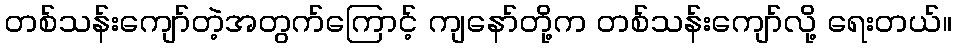
တစ်သန်းကျော်တဲ့အတွက်ကြောင့် ကျနော်တို့က တစ်သန်းကျော်လို့ ရေးတယ်။